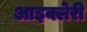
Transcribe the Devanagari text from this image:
आइक्लेरी